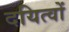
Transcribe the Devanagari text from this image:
दयित्वों